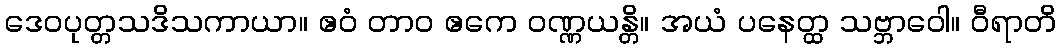
ဒေဝပုတ္တသဒိသကာယာ။ ဧဝံ တာဝ ဧကေ ဝဏ္ဏယန္တိ။ အယံ ပနေတ္ထ သဗ္ဘာဝေါ။ ဝီရာတိ